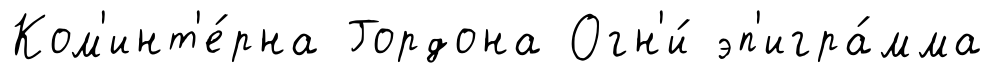
Ком'инт'е́рна Гордона Огн'и́ эп'игра́мма